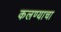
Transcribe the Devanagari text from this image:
कलण्याचा